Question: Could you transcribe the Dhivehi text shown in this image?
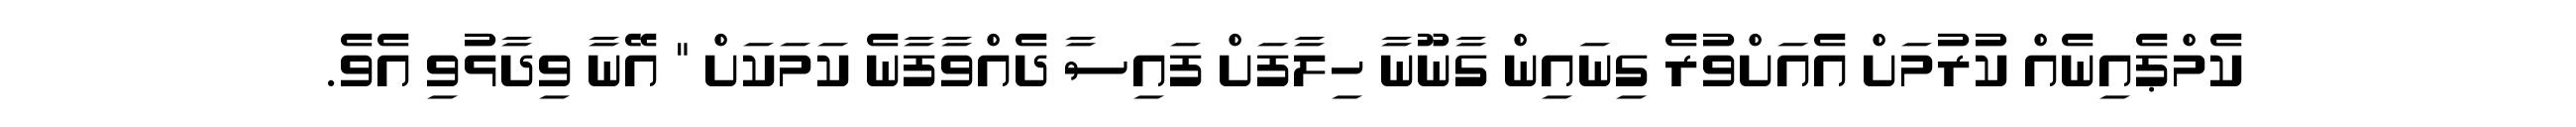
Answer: ކެމްޕެއިނެއް ކުރުމަށް އެއަށްވުރެ ގިނައިން ގާނޫނާ ހިލާފަށް ފައިސާ ދެއްވާފާނެ ކަމަކަށް " އޭނާ ވިދާޅުވި އެވެ.